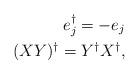
LaTeX: \begin{align*}e_j^\dagger=-e_j\\(XY)^\dagger=Y^\dagger X^\dagger,\end{align*}